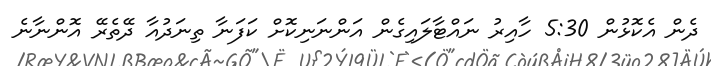
ދެން އެކޮޅުން 5:30 ހާއިރު ނައްޓާލައިގެން އަންނަނިކޮށް ކަފަނާ ތިނަދުއާ ދޭތެރޭ އޮންނާނެ